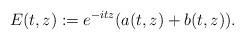
\begin{align*} E(t, z) := e^{-itz} ( a(t,z) + b(t, z) ). \end{align*}